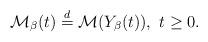
LaTeX: \begin{align*}\mathcal{M}_{\beta}(t)\stackrel{d}{=}\mathcal{M}(Y_{\beta}(t)),\ t\ge0.\end{align*}